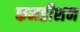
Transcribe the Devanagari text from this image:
कनडीशन